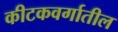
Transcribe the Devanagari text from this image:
कीटकवर्गातील